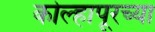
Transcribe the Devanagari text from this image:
कोल्‍हापूरच्या